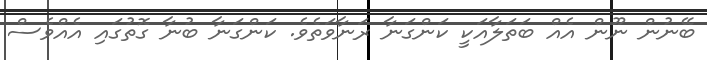
ބޭނުން ނޫން އެއް ބަތަލާއަކީ ކަންގަނާ ރަނާވަތެވެ. ކަންގަނާ ބުނާ ގޮތުގައި އެއްވެސް